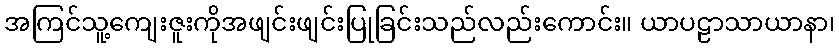
အကြင်သူ့ကျေးဇူးကိုအဖျင်းဖျင်းပြုခြင်းသည်လည်းကောင်း။ ယာပဠာသာယာနာ၊